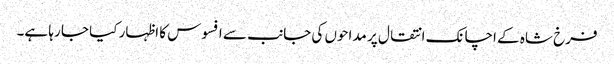
فرخ شاہ کے اچانک انتقال پر مداحوں کی جانب سے افسوس کا اظہار کیا جا رہا ہے۔